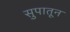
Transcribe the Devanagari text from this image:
सुपातून